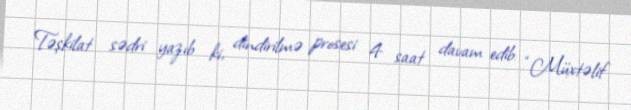
Təşkilat sədri yazıb ki, dindirilmə prosesi 4 saat davam edib: “Müxtəlif